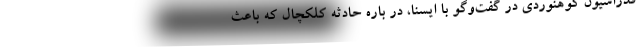
فدراسیون کوهنوردی در گفت‌وگو با ایسنا، در باره حادثه کلکچال که باعث